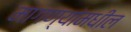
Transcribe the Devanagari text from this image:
मागण्यांमधील